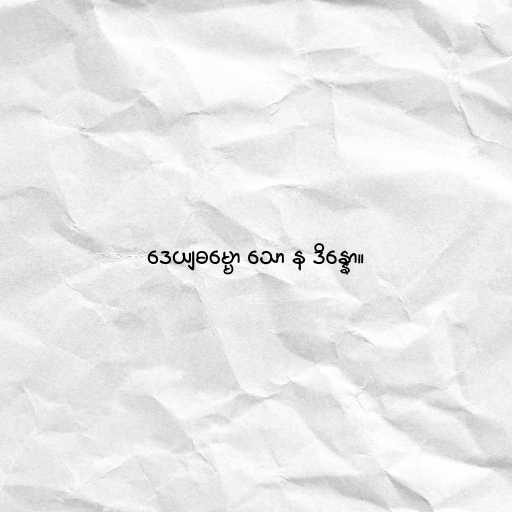
ဒေယျဓမ္မော သော န ဒိန္နော။